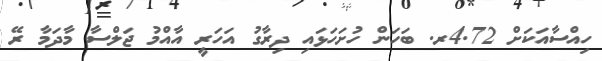
ހިއްސާއަކަށް 4.72ރ. ބަހަން ހުށަހަޅައި ދިރާގު އަހަރީ އާއްމު ޖަލްސާ މާދަމާ ރޭ